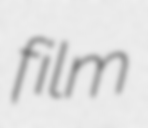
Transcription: film